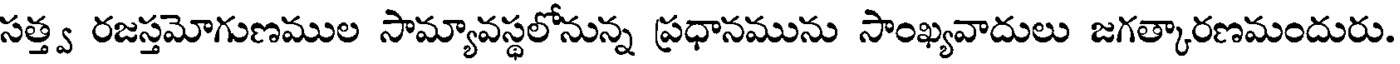
సత్త్వ రజస్తమోగుణముల సామ్యావస్థలోనున్న ప్రధానమును సాంఖ్యవాదులు జగత్కారణమందురు.